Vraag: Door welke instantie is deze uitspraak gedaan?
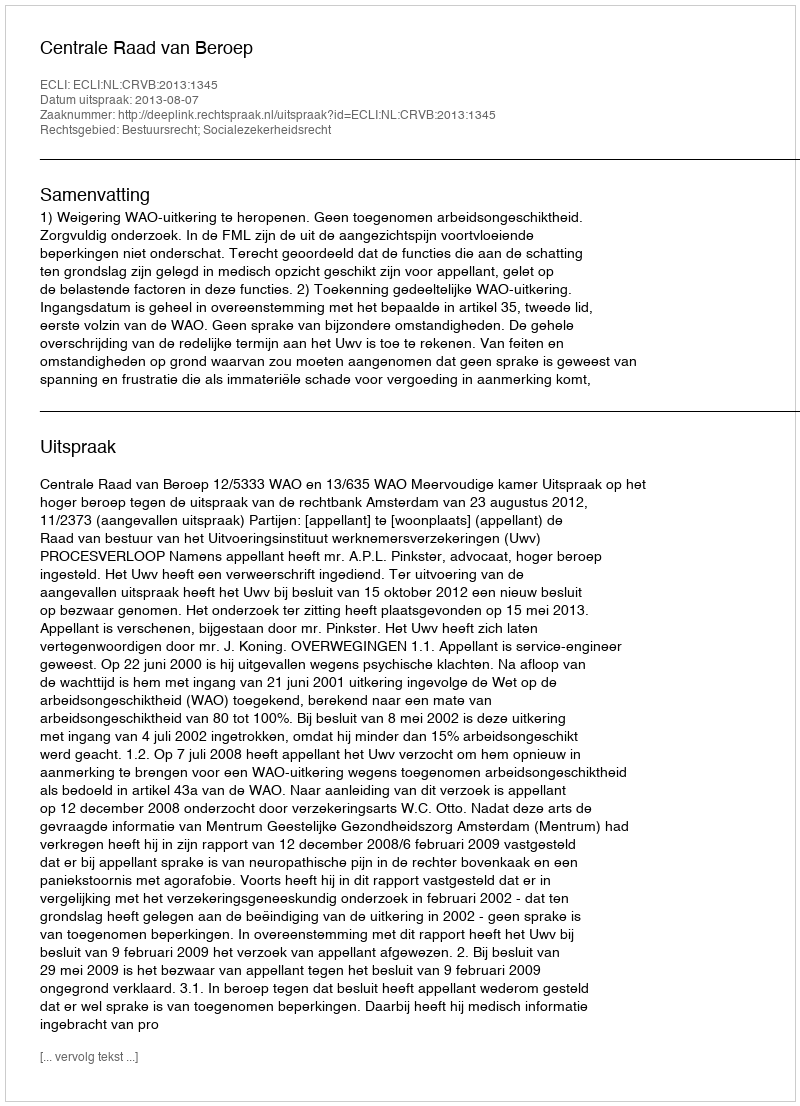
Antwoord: Centrale Raad van Beroep